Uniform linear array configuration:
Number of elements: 12
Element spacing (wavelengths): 0.25
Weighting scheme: hamming
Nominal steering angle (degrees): -30
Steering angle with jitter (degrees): -30.038
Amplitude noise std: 0.05
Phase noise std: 0.05

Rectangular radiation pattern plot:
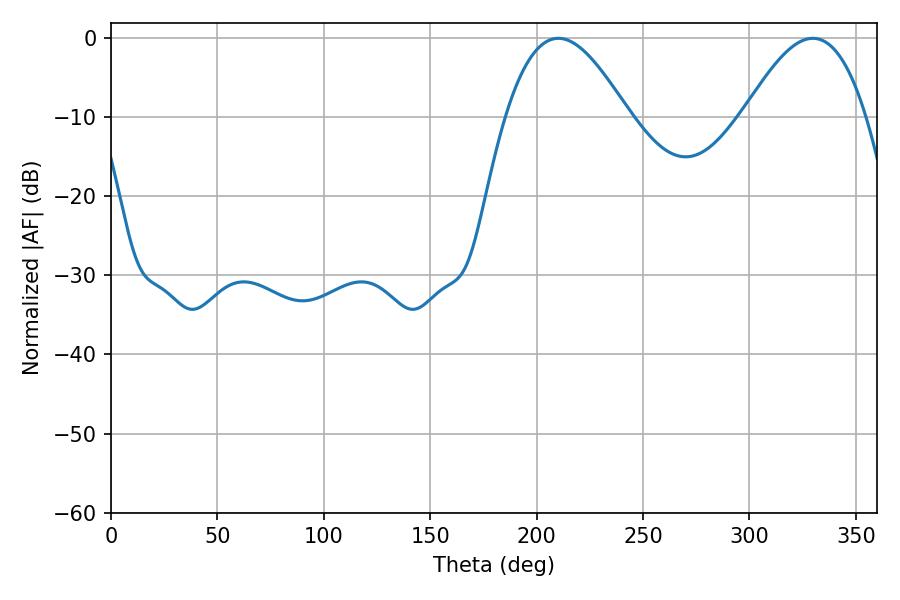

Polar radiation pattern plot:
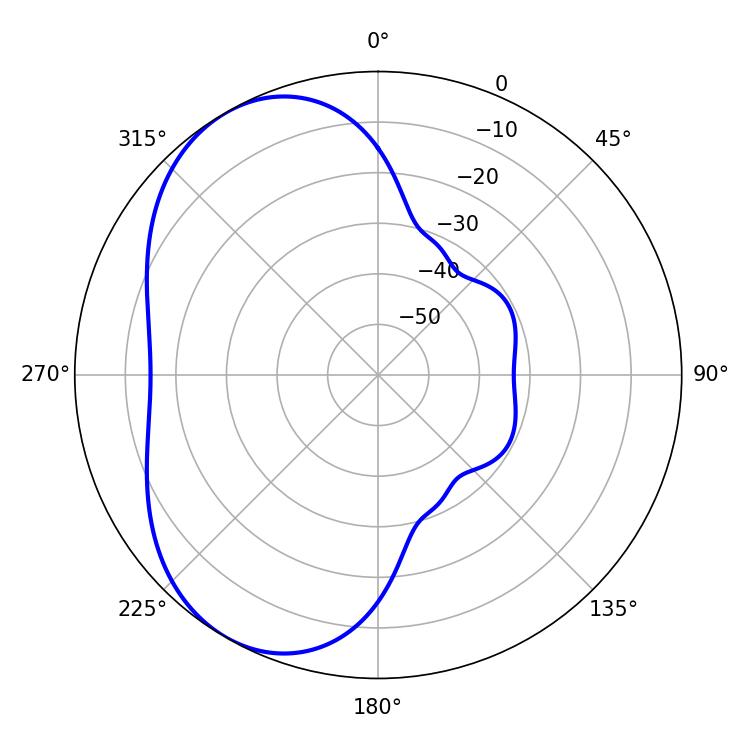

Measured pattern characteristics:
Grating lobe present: FALSE
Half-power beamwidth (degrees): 31.32
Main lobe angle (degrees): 210.24